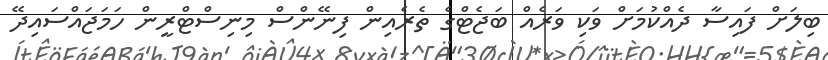
ބިލަށް ފައިސާ ދެއްކުމަށް ވަކި ވަރެއް ބަޖެޓްގެ ތެރެއިން ފިނޭންސް މިނިސްޓްރީން ހަމަޖައްސައިދޭ